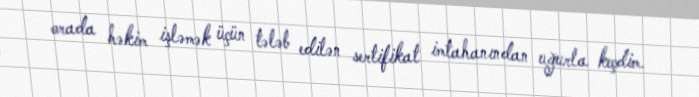
orada həkim işləmək üçün tələb edilən sertifikat imtahanından uğurla keçdim.